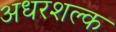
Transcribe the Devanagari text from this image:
अधरशल्क